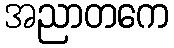
အညာတကေ